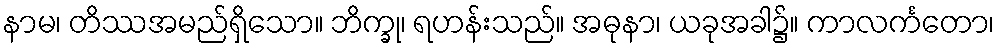
နာမ၊ တိဿအမည်ရှိသော။ ဘိက္ခု၊ ရဟန်းသည်။ အဓုနာ၊ ယခုအခါ၌။ ကာလင်္ကတော၊